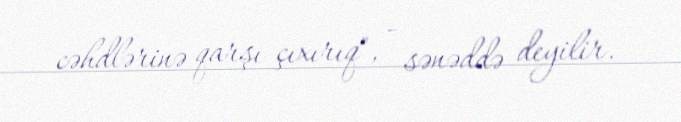
cəhdlərinə qarşı çıxırıq", - sənəddə deyilir.